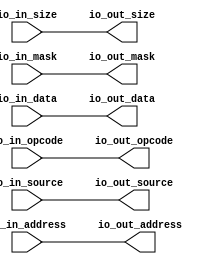
// Copyright (c) 2017, Microsemi Corporation
// All rights reserved.
//
// Redistribution and use in source and binary forms, with or without
// modification, are permitted provided that the following conditions are met:
//     * Redistributions of source code must retain the above copyright
//       notice, this list of conditions and the following disclaimer.
//     * Redistributions in binary form must reproduce the above copyright
//       notice, this list of conditions and the following disclaimer in the
//       documentation and/or other materials provided with the distribution.
//     * Neither the name of the <organization> nor the
//       names of its contributors may be used to endorse or promote products
//       derived from this software without specific prior written permission.
//
// THIS SOFTWARE IS PROVIDED BY THE COPYRIGHT HOLDERS AND CONTRIBUTORS "AS IS" AND
// ANY EXPRESS OR IMPLIED WARRANTIES, INCLUDING, BUT NOT LIMITED TO, THE IMPLIED
// WARRANTIES OF MERCHANTABILITY AND FITNESS FOR A PARTICULAR PURPOSE ARE
// DISCLAIMED. IN NO EVENT SHALL MICROSEMI CORPORATIONM BE LIABLE FOR ANY
// DIRECT, INDIRECT, INCIDENTAL, SPECIAL, EXEMPLARY, OR CONSEQUENTIAL DAMAGES
// (INCLUDING, BUT NOT LIMITED TO, PROCUREMENT OF SUBSTITUTE GOODS OR SERVICES;
// LOSS OF USE, DATA, OR PROFITS; OR BUSINESS INTERRUPTION) HOWEVER CAUSED AND
// ON ANY THEORY OF LIABILITY, WHETHER IN CONTRACT, STRICT LIABILITY, OR TORT
// (INCLUDING NEGLIGENCE OR OTHERWISE) ARISING IN ANY WAY OUT OF THE USE OF THIS
// SOFTWARE, EVEN IF ADVISED OF THE POSSIBILITY OF SUCH DAMAGE.
//
// APACHE LICENSE
// Copyright (c) 2017, Microsemi Corporation 
//
// Licensed under the Apache License, Version 2.0 (the "License");
// you may not use this file except in compliance with the License.
// You may obtain a copy of the License at
//
//    http://www.apache.org/licenses/LICENSE-2.0
//
// Unless required by applicable law or agreed to in writing, software
// distributed under the License is distributed on an "AS IS" BASIS,
// WITHOUT WARRANTIES OR CONDITIONS OF ANY KIND, either express or implied.
// See the License for the specific language governing permissions and
// limitations under the License.
//
// Description:
//
// SVN Revision Information:
// SVN $Revision: $
// SVN $Date: $
//
// Resolved SARs
// SAR      Date     Who   Description
//
// Notes:
//
// ****************************************************************************/
`ifndef RANDOMIZE_REG_INIT 
	 `define RANDOMIZE_REG_INIT 
 `endif
`ifndef RANDOMIZE_MEM_INIT 
	 `define RANDOMIZE_MEM_INIT 
 `endif
`ifndef RANDOMIZE 
	 `define RANDOMIZE 
`endif

`timescale 1ns/10ps
module MiV_AXI_MiV_AXI_0_MIV_RV32IMA_L1_AXI_IDENTITY_MODULE( // @[:freechips.rocketchip.system.MivRV32ImaL1AhbConfig.fir@49.2]
  input  [2:0]  io_in_opcode, // @[:freechips.rocketchip.system.MivRV32ImaL1AhbConfig.fir@52.4]
  input  [3:0]  io_in_size, // @[:freechips.rocketchip.system.MivRV32ImaL1AhbConfig.fir@52.4]
  input  [2:0]  io_in_source, // @[:freechips.rocketchip.system.MivRV32ImaL1AhbConfig.fir@52.4]
  input  [31:0] io_in_address, // @[:freechips.rocketchip.system.MivRV32ImaL1AhbConfig.fir@52.4]
  input  [3:0]  io_in_mask, // @[:freechips.rocketchip.system.MivRV32ImaL1AhbConfig.fir@52.4]
  input  [31:0] io_in_data, // @[:freechips.rocketchip.system.MivRV32ImaL1AhbConfig.fir@52.4]
  output [2:0]  io_out_opcode, // @[:freechips.rocketchip.system.MivRV32ImaL1AhbConfig.fir@52.4]
  output [3:0]  io_out_size, // @[:freechips.rocketchip.system.MivRV32ImaL1AhbConfig.fir@52.4]
  output [2:0]  io_out_source, // @[:freechips.rocketchip.system.MivRV32ImaL1AhbConfig.fir@52.4]
  output [31:0] io_out_address, // @[:freechips.rocketchip.system.MivRV32ImaL1AhbConfig.fir@52.4]
  output [3:0]  io_out_mask, // @[:freechips.rocketchip.system.MivRV32ImaL1AhbConfig.fir@52.4]
  output [31:0] io_out_data // @[:freechips.rocketchip.system.MivRV32ImaL1AhbConfig.fir@52.4]
);
  assign io_out_opcode = io_in_opcode;
  assign io_out_size = io_in_size;
  assign io_out_source = io_in_source;
  assign io_out_address = io_in_address;
  assign io_out_mask = io_in_mask;
  assign io_out_data = io_in_data;
endmodule